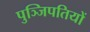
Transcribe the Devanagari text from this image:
पुञ्जिपतियों